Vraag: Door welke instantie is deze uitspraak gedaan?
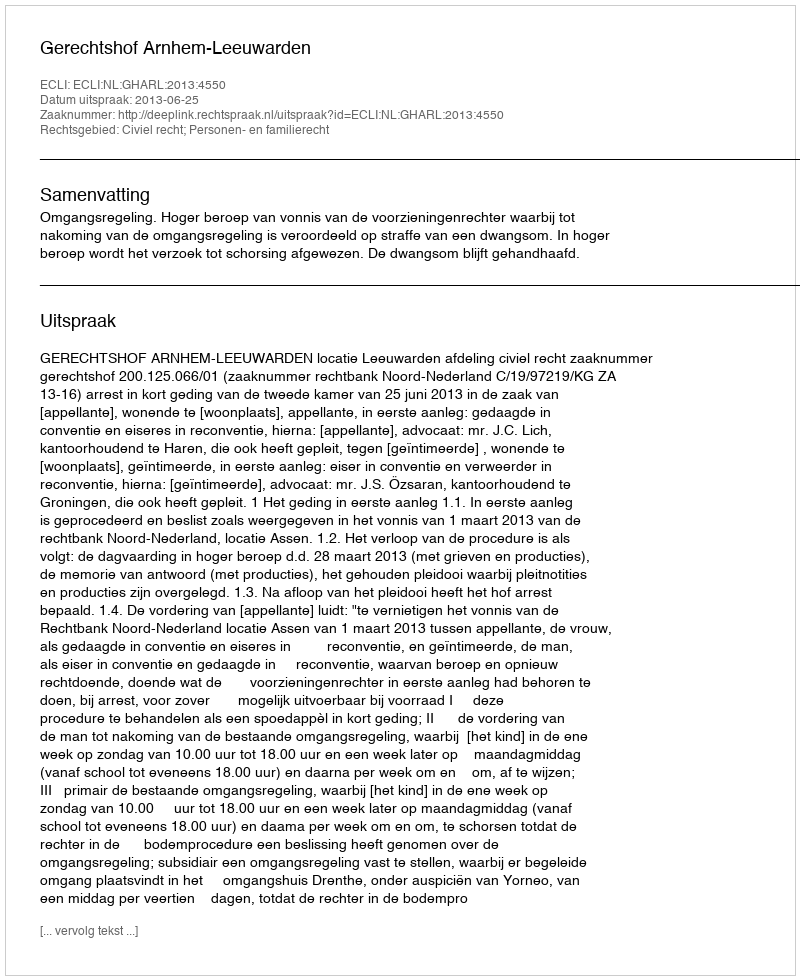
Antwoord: Gerechtshof Arnhem-Leeuwarden